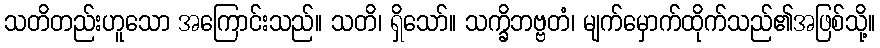
သတိတည်းဟူသော အကြောင်းသည်။ သတိ၊ ရှိသော်။ သက္ခိဘဗ္ဗတံ၊ မျက်မှောက်ထိုက်သည်၏အဖြစ်သို့။